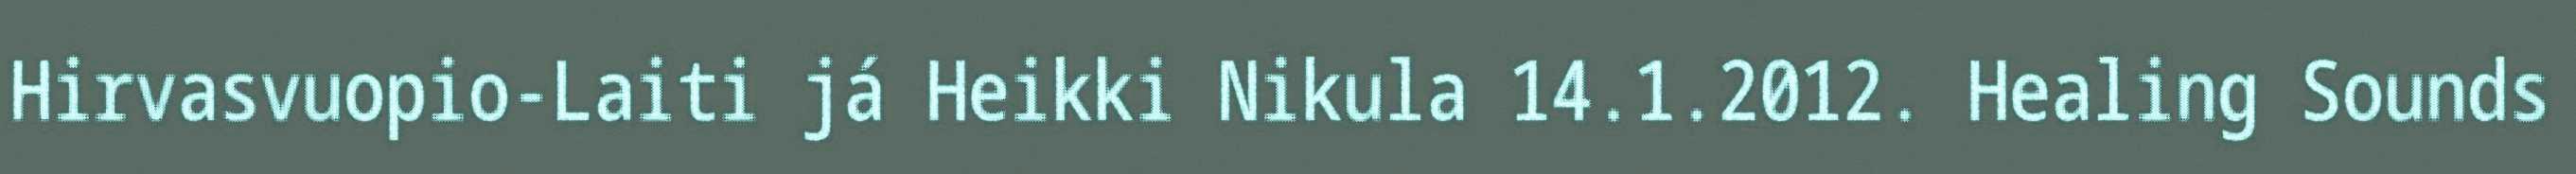
Hirvasvuopio-Laiti já Heikki Nikula 14.1.2012. Healing Sounds